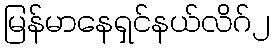
မြန်မာနေရှင်နယ်လိဂ်၂